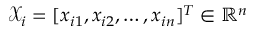
\mathcal { X } _ { i } = [ x _ { i 1 } , x _ { i 2 } , \ldots , x _ { i n } ] ^ { T } \in \mathbb { R } ^ { n }